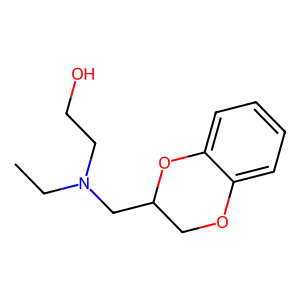
SMILES: CCN(CCO)CC1COc2ccccc2O1
Inhibits HIV replication: No